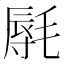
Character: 𰚩